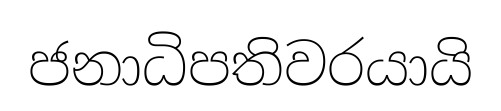
ජනාධිපතිවරයායි